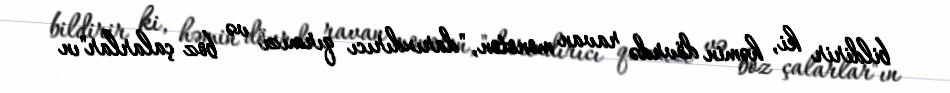
bildirir ki, həmin dövrdə ravan monoton, "darıxdırıcı qırmızı və boz çalarlar"ın